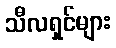
သီလရှင်များ